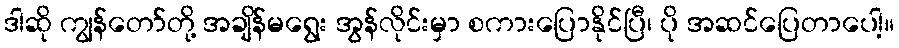
ဒါဆို ကျွန်တော်တို့ အချိန်မရွေး အွန်လိုင်းမှာ စကားပြောနိုင်ပြီ၊ ပို အဆင်ပြေတာပေါ့။